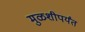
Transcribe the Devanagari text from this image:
मुळशीपर्यंत